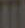
.